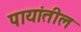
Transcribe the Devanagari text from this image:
पायांतील